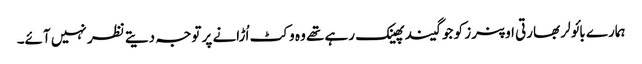
ہمارے بائولر بھارتی اوپنرز کو جو گیند پھینک رہے تھے وہ وکٹ اُڑانے پر توجہ دیتے نظر نہیں آئے۔